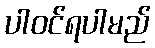
ပါဝင်ရပါမည်